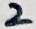
Text: 2